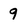
Character: 9